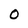
Character: O